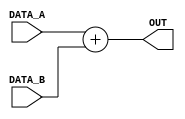
module Adder #(parameter WIDTH=32)
    (
	  input	[WIDTH-1:0] DATA_A,
	  input	[WIDTH-1:0] DATA_B,
	  output [WIDTH-1:0] OUT
    );
	 
assign OUT = DATA_A + DATA_B;
	 
endmodule